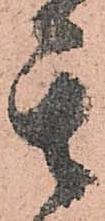
其